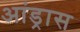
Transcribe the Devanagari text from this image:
आंड्रास